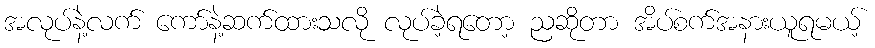
အလုပ်နဲ့လက် ကော်နဲ့ဆက်ထားသလို လုပ်ခဲ့ရတော့ ညဆိုတာ အိပ်စက်အနားယူရမယ့်